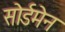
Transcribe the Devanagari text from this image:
सोर्डमेन